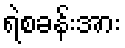
ရဲစခန်းအား